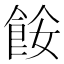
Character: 𩛅